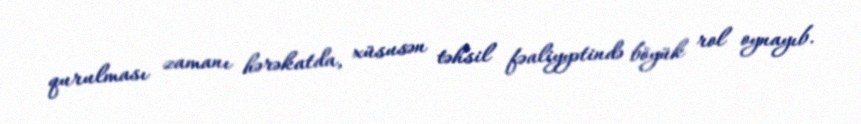
qurulması zamanı hərəkatda, xüsusən təhsil fəaliyyətində böyük rol oynayıb.